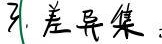
3. 差异集：